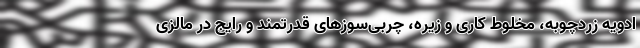
ادویه زردچوبه، مخلوط کاری و زیره، چربی‌سوزهای قدرتمند و رایج در مالزی